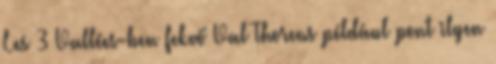
Les 3 Vallées-ben fekvő Val Thorens például pont ilyen